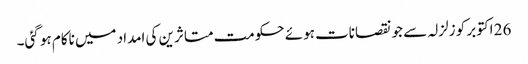
26 اکتوبر کو زلزلہ سے جو نقصانات ہوئے حکومت متاثرین کی امداد میں ناکام ہو گئی۔